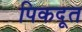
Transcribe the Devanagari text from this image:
पिकदूत